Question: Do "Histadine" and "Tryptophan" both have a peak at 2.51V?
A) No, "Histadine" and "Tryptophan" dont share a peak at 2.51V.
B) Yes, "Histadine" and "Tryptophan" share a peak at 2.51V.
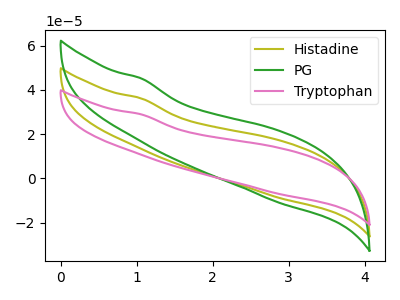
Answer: <think>The olive curve "Histadine" has no peaks. The green curve "PG" has no peaks. The pink curve "Tryptophan" has no peaks.</think>
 <answer>A) No, "Histadine" and "Tryptophan" dont share a peak at 2.51V.</answer>
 <eval>A</eval>